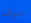
سوف